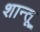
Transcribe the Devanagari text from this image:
शान्तू